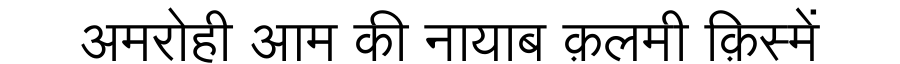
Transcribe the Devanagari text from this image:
अमरोही आम की नायाब क़लमी क़िस्में